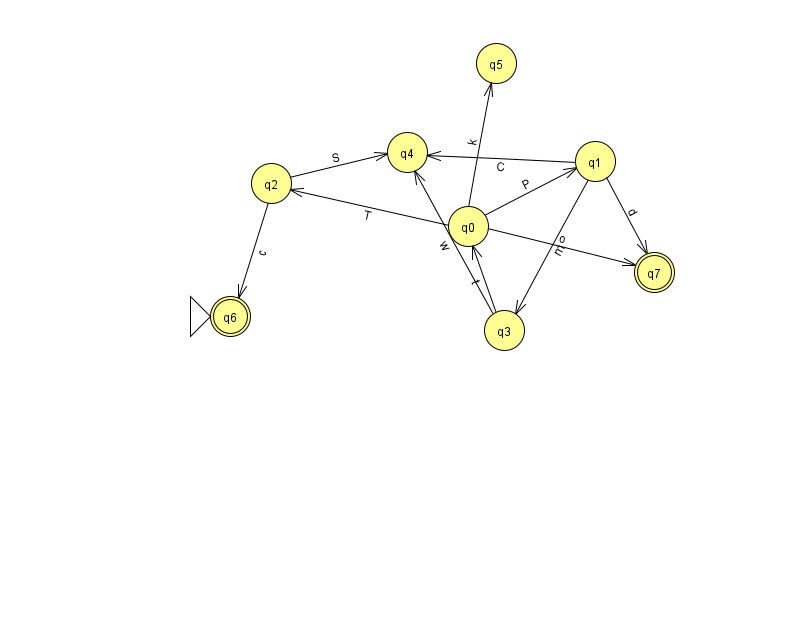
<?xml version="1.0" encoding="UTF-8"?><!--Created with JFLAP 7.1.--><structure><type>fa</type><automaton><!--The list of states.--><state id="0" name="q0"><x>468.0</x><y>213.0</y></state><state id="1" name="q1"><x>595.0</x><y>148.0</y></state><state id="2" name="q2"><x>271.0</x><y>170.0</y></state><state id="3" name="q3"><x>504.0</x><y>317.0</y></state><state id="4" name="q4"><x>407.0</x><y>139.0</y></state><state id="5" name="q5"><x>496.0</x><y>50.0</y></state><state id="6" name="q6"><x>230.0</x><y>303.0</y><initial/><final/></state><state id="7" name="q7"><x>654.0</x><y>259.0</y><final/></state><!--The list of transitions.--><transition><from>0</from><to>5</to><read>k</read></transition><transition><from>0</from><to>7</to><read>o</read></transition><transition><from>1</from><to>4</to><read>C</read></transition><transition><from>1</from><to>3</to><read>m</read></transition><transition><from>2</from><to>6</to><read>c</read></transition><transition><from>2</from><to>4</to><read>S</read></transition><transition><from>0</from><to>1</to><read>P</read></transition><transition><from>0</from><to>2</to><read>T</read></transition><transition><from>3</from><to>4</to><read>w</read></transition><transition><from>1</from><to>7</to><read>d</read></transition><transition><from>3</from><to>0</to><read>t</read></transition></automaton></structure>